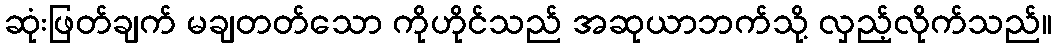
ဆုံးဖြတ်ချက် မချတတ်သော ကိုဟိုင်သည် အဆုယာဘက်သို့ လှည့်လိုက်သည်။